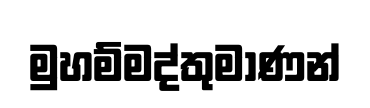
මුහම්මද්තුමාණන්